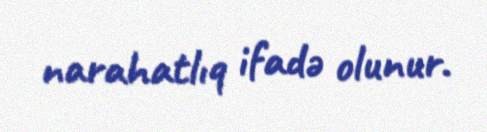
narahatlıq ifadə olunur.